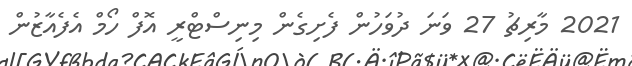
2021 މާރިޗު 27 ވަނަ ދުވަހުން ފެށިގެން މިނިސްޓްރީ އޮފް ހޯމް އެފެއާޒުން